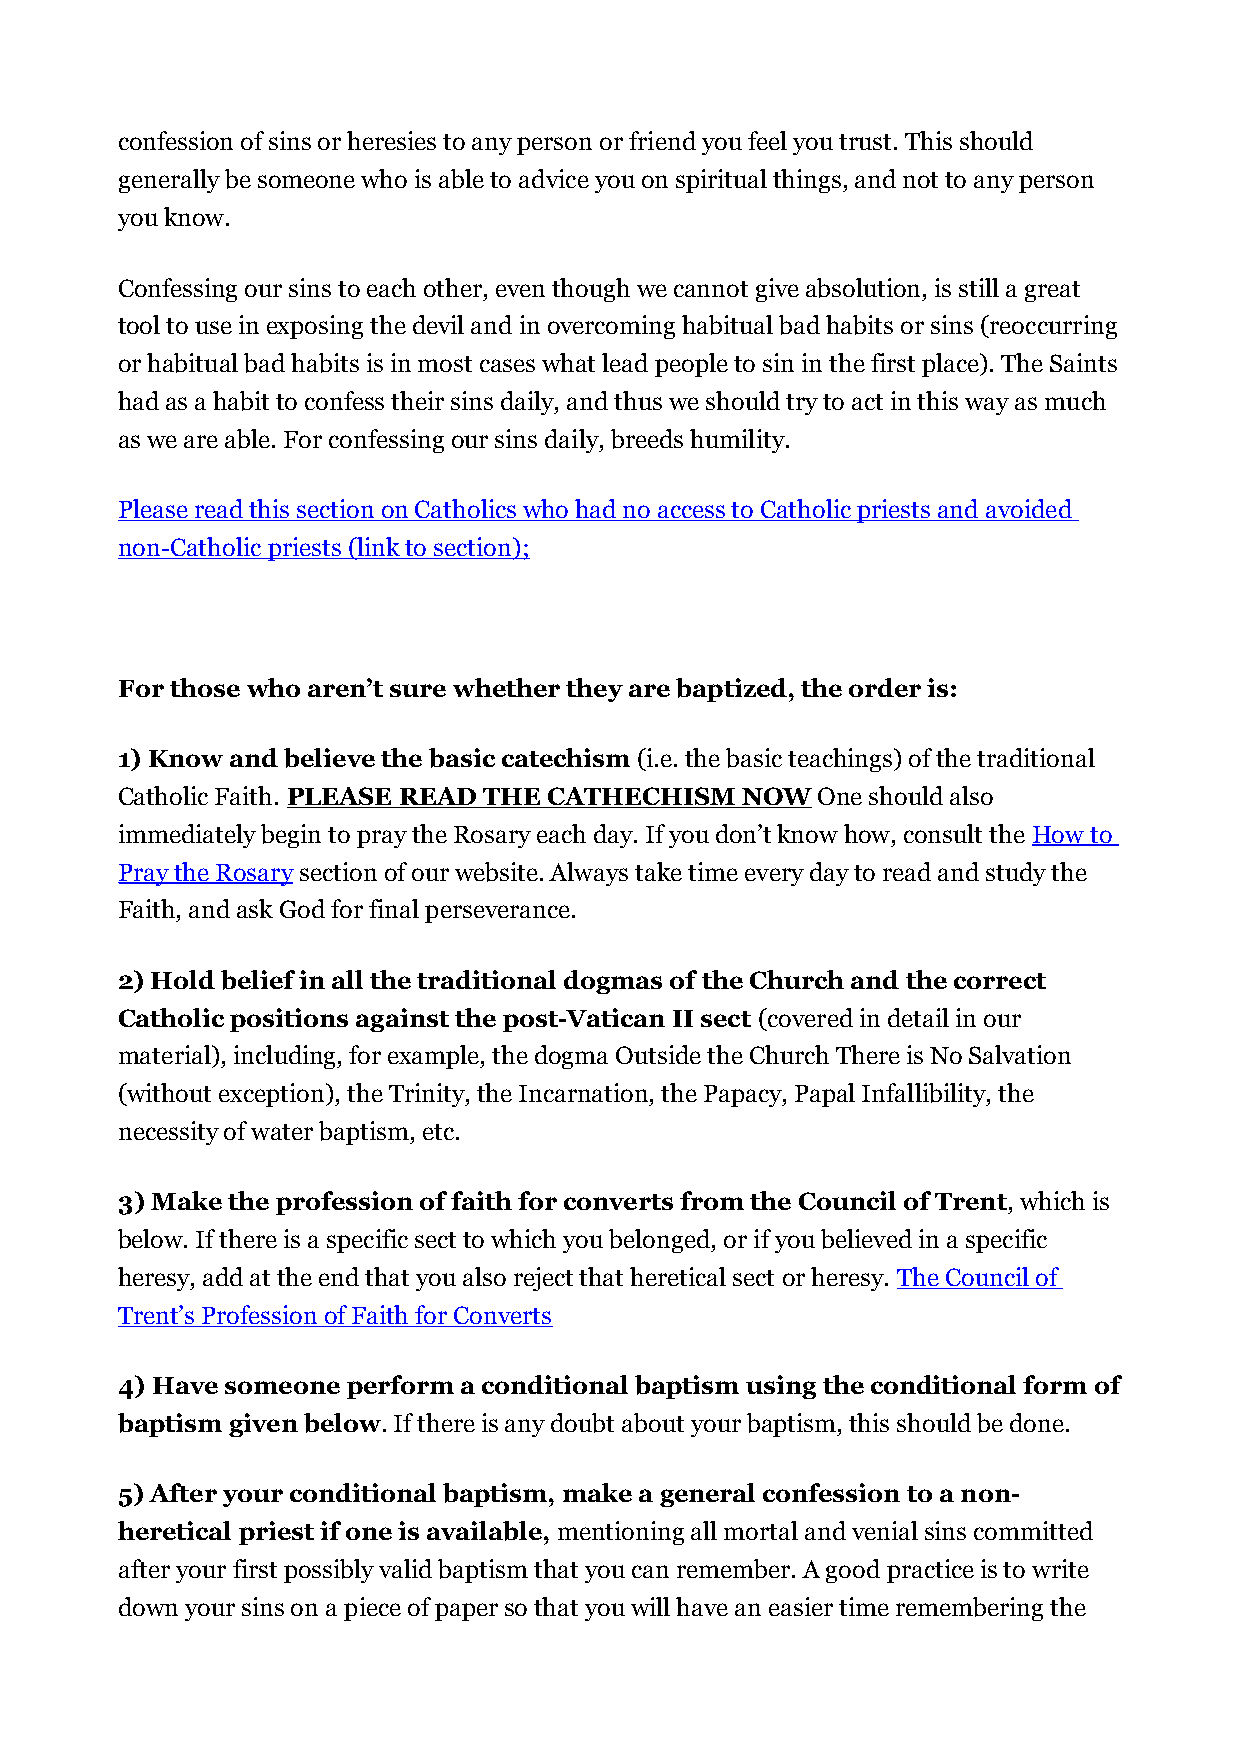
confession of sins or heresies to any person or friend you feel you trust. This should
 generally be someone who is able to advice you on spiritual things, and not to any person
 you know.
 Confessing our sins to each other, even though we cannot give absolution, is still a great
 tool to use in exposing the devil and in overcoming habitual bad habits or sins (reoccurring
 or habitual bad habits is in most cases what lead people to sin in the first place). The Saints
 had as a habit to confess their sins daily, and thus we should try to act in this way as much
 as we are able. For confessing our sins daily, breeds humility.
 Please read this section on Catholics who had no access to Catholic priests and avoided
 non-Catholic priests (link to section);
 For those who aren’t sure whether they are baptized, the order is:
 1) Know and believe the basic catechism (i.e. the basic teachings) of the traditional
 Catholic Faith. PLEASE READ THE CATHECHISM NOW One should also
 immediately begin to pray the Rosary each day. If you don’t know how, consult the How to
 Pray the Rosary section of our website. Always take time every day to read and study the
 Faith, and ask God for final perseverance.
 2) Hold belief in all the traditional dogmas of the Church and the correct
 Catholic positions against the post-Vatican II sect (covered in detail in our
 material), including, for example, the dogma Outside the Church There is No Salvation
 (without exception), the Trinity, the Incarnation, the Papacy, Papal Infallibility, the
 necessity of water baptism, etc.
 3) Make the profession of faith for converts from the Council of Trent, which is
 below. If there is a specific sect to which you belonged, or if you believed in a specific
 heresy, add at the end that you also reject that heretical sect or heresy. The Council of
 Trent’s Profession of Faith for Converts
 4) Have someone perform a conditional baptism using the conditional form of
 baptism given below. If there is any doubt about your baptism, this should be done.
 5) After your conditional baptism, make a general confession to a non-
 heretical priest if one is available, mentioning all mortal and venial sins committed
 after your first possibly valid baptism that you can remember. A good practice is to write
 down your sins on a piece of paper so that you will have an easier time remembering the